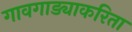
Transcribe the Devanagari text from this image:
गावगाड्याकरिता